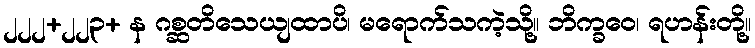
၂၂၂+၂၂၃+ န ဂစ္ဆတိသေယျထာပိ၊ မရောက်သကဲ့သို့။ ဘိက္ခဝေ၊ ရဟန်းတို့။